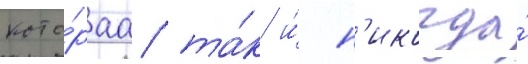
кото́раа та́к и́ н'икогда́